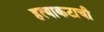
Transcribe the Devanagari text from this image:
हत्याकटाची